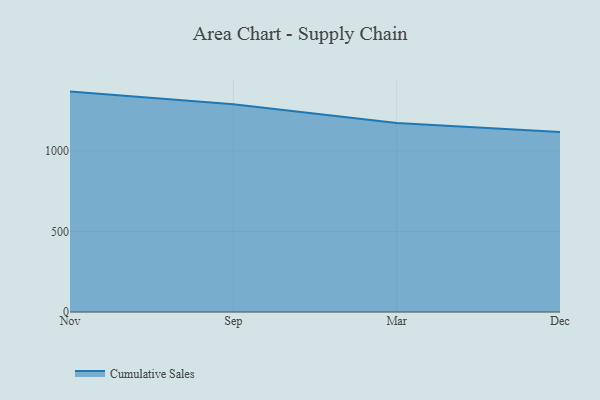
{"axis": {"x": "Month", "y": "Bounce Rate (%)"}, "legend": ["Cumulative Sales"], "data": [{"x": "Nov", "y": 1368.2, "type": "Cumulative Sales"}, {"x": "Sep", "y": 1289.3, "type": "Cumulative Sales"}, {"x": "Mar", "y": 1173.5, "type": "Cumulative Sales"}, {"x": "Dec", "y": 1117.7, "type": "Cumulative Sales"}]}